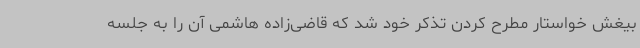
بیغش خواستار مطرح کردن تذکر خود شد که قاضی‌زاده هاشمی آن را به جلسه